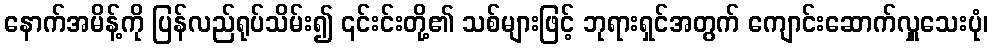
နောက်အမိန့်ကို ပြန်လည်ရုပ်သိမ်း၍ ၎င်းင်းတို့၏ သစ်များဖြင့် ဘုရားရှင်အတွက် ကျောင်းဆောက်လှူသေးပုံ၊